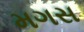
મગસ